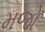
મજો